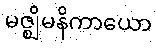
မဇ္ဈိမနိကာယော